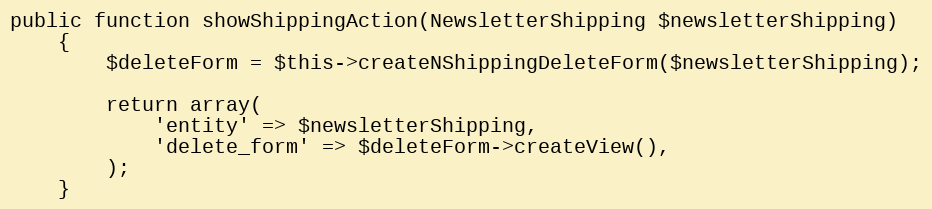
Language: PHP
public function showShippingAction(NewsletterShipping $newsletterShipping)
    {
        $deleteForm = $this->createNShippingDeleteForm($newsletterShipping);

        return array(
            'entity' => $newsletterShipping,
            'delete_form' => $deleteForm->createView(),
        );
    }